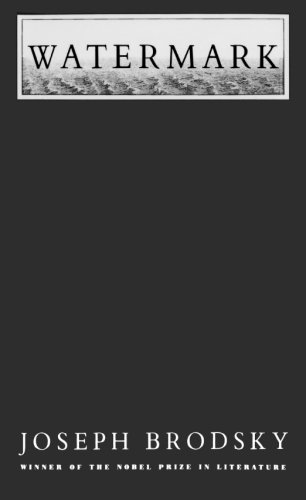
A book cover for Watermark; Joseph Brodsky; Science & Math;